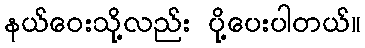
နယ်ဝေးသို့လည်း ပို့ပေးပါတယ်။